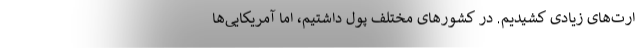
ارت‌های زیادی کشیدیم. در کشورهای مختلف پول داشتیم، اما آمریکایی‌ها